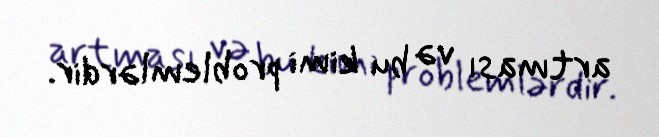
artması və bu kimi problemlərdir.